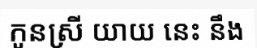
កូនស្រី យាយ នេះ នឹង